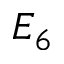
E _ { 6 }